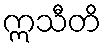
ဣသီတိ